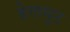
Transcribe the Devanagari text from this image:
हेलमुट